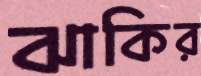
ঝাকির